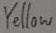
Text: Yellow